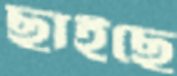
ছাইছে